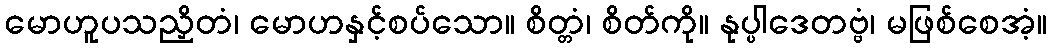
မောဟူပသညှိတံ၊ မောဟနှင့်စပ်သော။ စိတ္တံ၊ စိတ်ကို။ နုပ္ပါဒေတဗ္ဗံ၊ မဖြစ်စေအံ့။